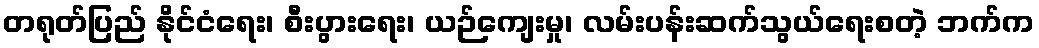
တရုတ်ပြည် နိုင်ငံရေး၊ စီးပွားရေး၊ ယဉ်ကျေးမှု၊ လမ်းပန်းဆက်သွယ်ရေးစတဲ့ ဘက်က